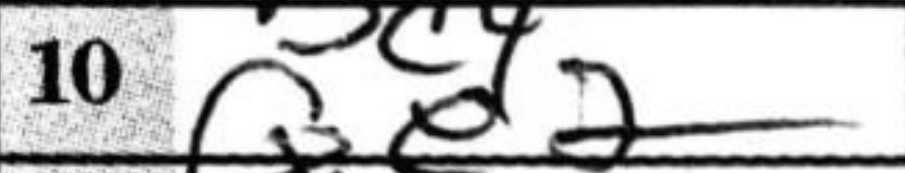
Transcription: Qe2